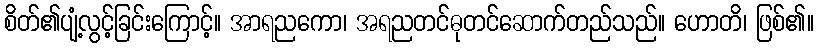
စိတ်၏ပျံ့လွင့်ခြင်းကြောင့်။ အာရညကော၊ အရညတင်ဓုတင်ဆောက်တည်သည်။ ဟောတိ၊ ဖြစ်၏။